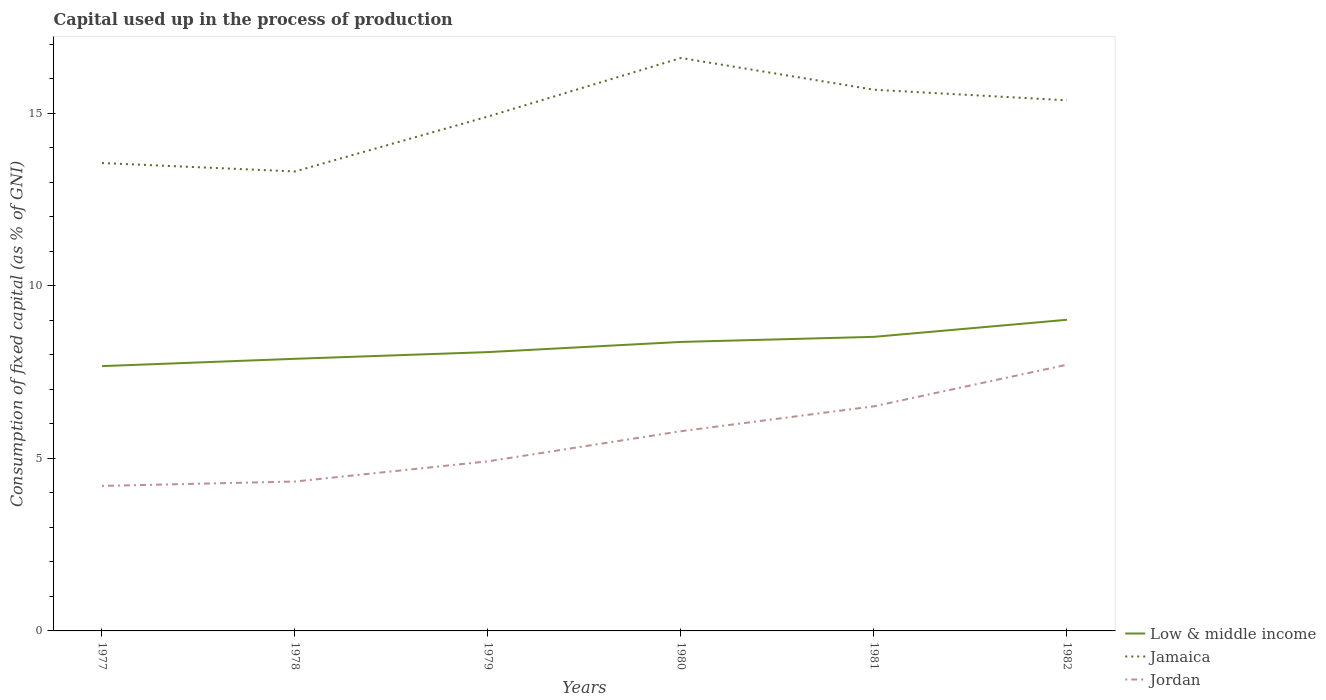
| Years | Low & middle income | Jamaica | Jordan |
 | --- | --- | --- | --- |
 | 1977 | 7.67 | 13.6 | 4.2 |
 | 1978 | 7.88 | 13.3 | 4.33 |
 | 1979 | 8.08 | 14.9 | 4.91 |
 | 1980 | 8.37 | 16.6 | 5.79 |
 | 1981 | 8.52 | 15.7 | 6.51 |
 | 1982 | 9.01 | 15.4 | 7.71 |